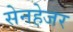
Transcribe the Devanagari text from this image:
सेनहेजर